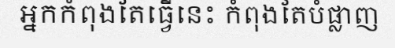
អ្នកកំពុងតែធ្វើនេះ កំពុងតែបំផ្លាញ